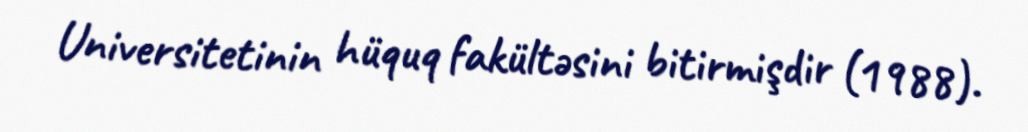
Universitetinin hüquq fakültəsini bitirmişdir (1988).